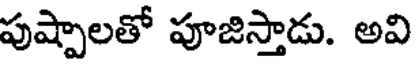
పుష్పాలతో పూజిస్తాడు. అవి